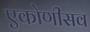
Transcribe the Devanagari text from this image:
एकोणीसव